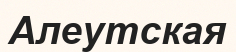
Алеутская